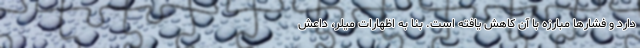
دارد و فشارها مبارزه با آن کاهش یافته است. بنا به اظهارات میلر، داعش